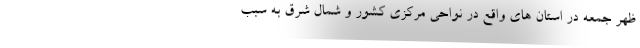
ظهر جمعه در استان ها‌ی واقع در نواحی مرکزی کشور و شمال شرق به سبب